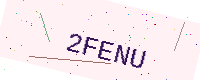
Text: 2FENU